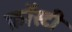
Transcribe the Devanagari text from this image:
फ्रॉस्टी